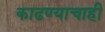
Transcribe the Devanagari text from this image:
काढण्याचाही